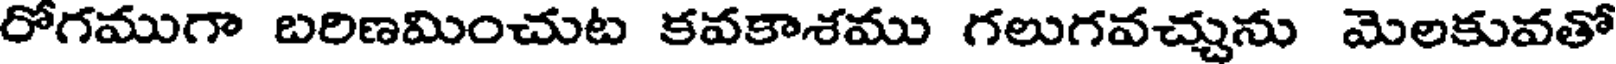
రోగముగా బరిణమించుట కవకాశము గలుగవచ్చును మెలకువతో